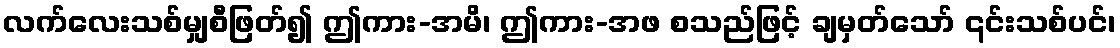
လက်လေးသစ်မျှစီဖြတ်၍ ဤကား-အမိ၊ ဤကား-အဖ စသည်ဖြင့် ချမှတ်သော် ၎င်းသစ်ပင်၊